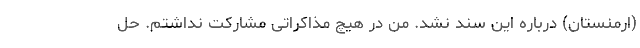
(ارمنستان) درباره این سند نشد. من در هیچ مذاکراتی مشارکت نداشتم. حل